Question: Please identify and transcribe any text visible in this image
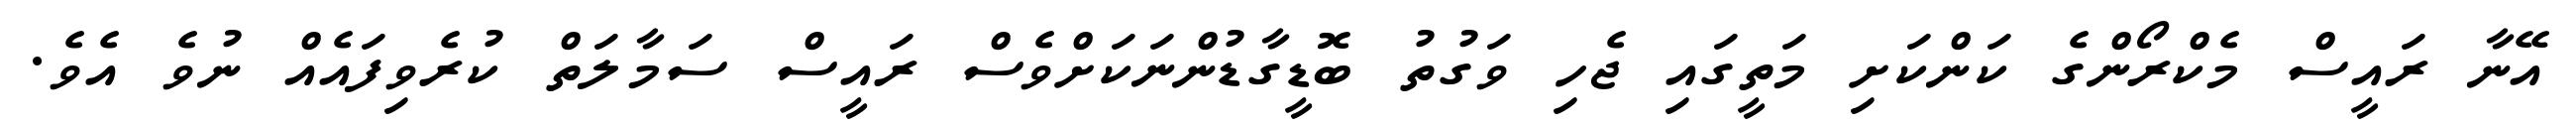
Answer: އޭނާ ރައީސް މެކްރޯންގެ ކަންކަށި މަތީގައި ޖެހި ވަގުތު ބޮޑީގާޑުންނަކަށްވެސް ރައީސް ސަމާލަތް ކުރެވިފައެއް ނުވެ އެވެ.